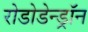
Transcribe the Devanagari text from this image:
रोडोडेन्‍ड्रॉन